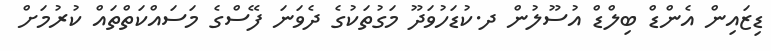
ޑިޒައިން އެންޑް ބިލްޑް އުސޫލުން ދ.ކުޑަހުވަދޫ މަގުތަކުގެ ދެވަނަ ފޭސްގެ މަސައްކަތްތައް ކުރުމަށް